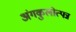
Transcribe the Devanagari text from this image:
अंगकुलोत्पन्न